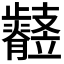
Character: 𣦲